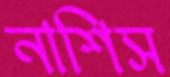
নাশিস